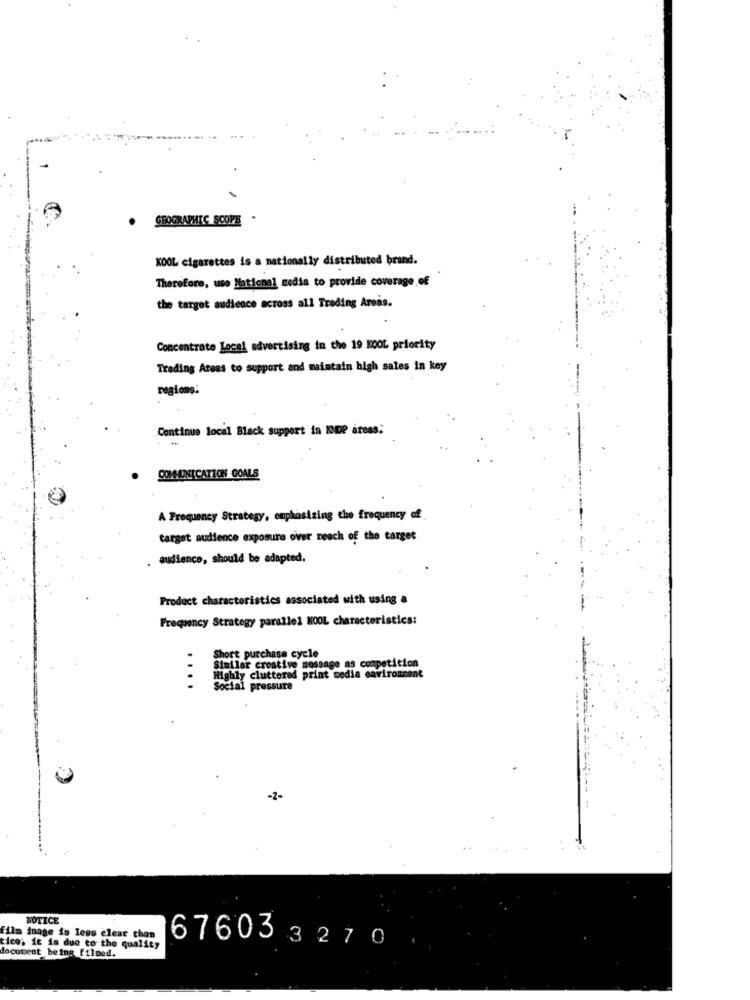
GEOGRAPHIC SCOPE
KOOL cigarettes is a nationally distributed brand.
Therefore, uso National media to provide coverage of
the target audience across all Trading Areas.
Concentrate Local advertising in the 19 KOOL priority
Trading Areas to support and maintain high sales in key
regions;
Continue local Black support in IOP áreas:
COMMUNICATION GOALS
A Frequency Strategy, emphasizing the frequency of
target audience exposure over reach of the target
. audience, should be adapted.
Product characteristics associated with using a
Frequency Strategy parallel KOOL characteristics:
Short purchase cycle
...
Similar creative message as competition
Highly cluttered print media environment
Social pressure
NOTICE
film inage is less clear than
ticos it is due to the quality
document being filmed.
676033270